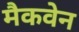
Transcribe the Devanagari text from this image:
मैकवेन